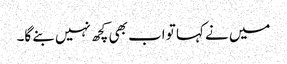
میں نے کہا تو اب بھی کچھ نہیں بنے گا۔